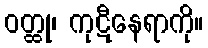
ဝတ္ထု၊ ကုဋီနေရာကို။